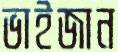
ভাইজান